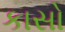
કાસો